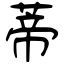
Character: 蒂